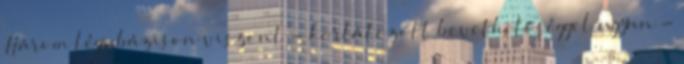
Három légi bázison viszont - korlátozott bevethetőséggel ugyan -